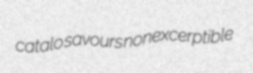
catalo savours nonexcerptible